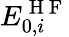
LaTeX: E_{0,i}^{\mathrm{~H~F~}}